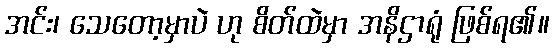
အင်း၊ သေတော့မှာပဲ ဟု စိတ်ထဲမှာ အနိဌာရုံ ဖြစ်ရ၏။